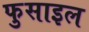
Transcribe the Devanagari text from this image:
फुसाइल